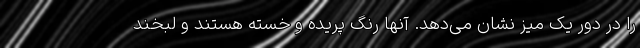
را در دور یک میز نشان می‌دهد. آنها رنگ پریده و خسته هستند و لبخند